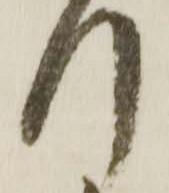
引